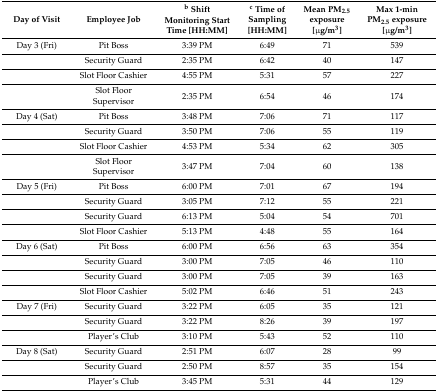
| Day of Visit | Employee Job | b Shift Monitoring Start Time [HH:MM] | c Time of Sampling [HH:MM] | Mean PM2.5 exposure [μg/m3] | Max 1-min PM2.5 exposure [μg/m3] |
 | --- | --- | --- | --- | --- | --- |
 | Day 3 (Fri) | Pit Boss | 3:39 PM | 6:49 | 71 | 539 |
 |  | Security Guard | 2:35 PM | 6:42 | 40 | 147 |
 |  | Slot Floor Cashier | 4:55 PM | 5:31 | 57 | 227 |
 |  | Slot Floor Supervisor | 2:35 PM | 6:54 | 46 | 174 |
 | Day 4 (Sat) | Pit Boss | 3:48 PM | 7:06 | 71 | 117 |
 |  | Security Guard | 3:50 PM | 7:06 | 55 | 119 |
 |  | Slot Floor Cashier | 4:53 PM | 5:34 | 62 | 305 |
 |  | Slot Floor Supervisor | 3:47 PM | 7:04 | 60 | 138 |
 | Day 5 (Fri) | Pit Boss | 6:00 PM | 7:01 | 67 | 194 |
 |  | Security Guard | 3:05 PM | 7:12 | 55 | 221 |
 |  | Security Guard | 6:13 PM | 5:04 | 54 | 701 |
 |  | Slot Floor Cashier | 5:13 PM | 4:48 | 55 | 164 |
 | Day 6 (Sat) | Pit Boss | 6:00 PM | 6:56 | 63 | 354 |
 |  | Security Guard | 3:00 PM | 7:05 | 46 | 110 |
 |  | Security Guard | 3:00 PM | 7:05 | 39 | 163 |
 |  | Slot Floor Cashier | 5:02 PM | 6:46 | 51 | 243 |
 | Day 7 (Fri) | Security Guard | 3:22 PM | 6:05 | 35 | 121 |
 |  | Security Guard | 3:22 PM | 8:26 | 39 | 197 |
 |  | Player’s Club | 3:10 PM | 5:43 | 52 | 110 |
 | Day 8 (Sat) | Security Guard | 2:51 PM | 6:07 | 28 | 99 |
 |  | Security Guard | 2:50 PM | 8:57 | 35 | 154 |
 |  | Player’s Club | 3:45 PM | 5:31 | 44 | 129 |